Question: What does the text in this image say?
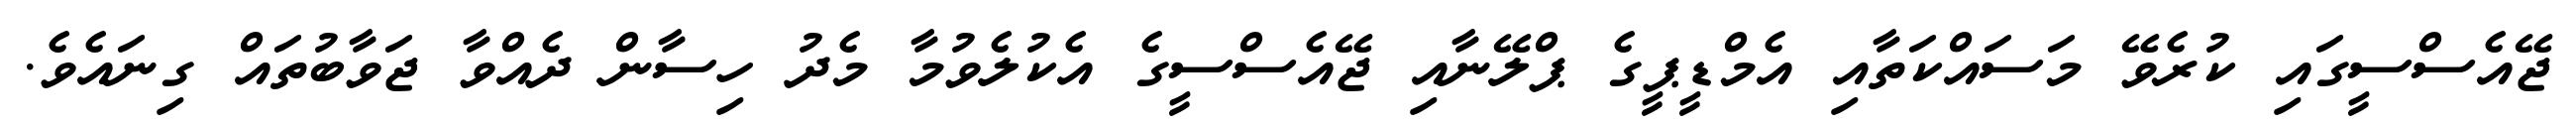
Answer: ޖޭއެސްސީގައި ކުރެވޭ މަސައްކަތާއި އެމްޑީޕީގެ ޕްލޭނާއި ޖޭއެސްސީގެ އެކުލެވުމާ މެދު ހިސާން ދެއްވާ ޖަވާބުތައް ގިނައެވެ.